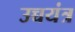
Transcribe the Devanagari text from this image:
उच्चयंत्र